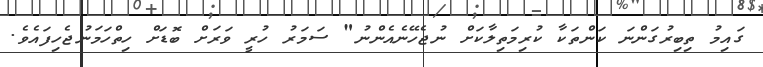
ގައިމު ތިބިރުގަންނަ ކަންތަކާ ކުރިމަތިލާކަށް ނުޖެހޭނެއެންނު" ސަމަރު ހުރީ ވަރަށް ބޮޑަށް ހިތްހަމަނުޖެހިފައެވެ.